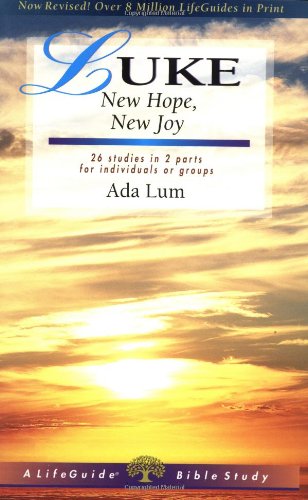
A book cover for Luke: New Hope, New Joy (Lifeguide Bible Studies); Ada Lum; Christian Books & Bibles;